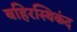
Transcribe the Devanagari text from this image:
बहिरस्थिकंद